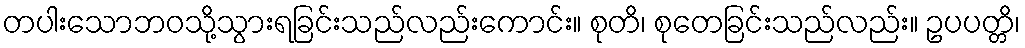
တပါးသောဘဝသို့သွားရခြင်းသည်လည်းကောင်း။ စုတိ၊ စုတေခြင်းသည်လည်း။ ဥပပတ္တိ၊